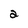
Character: 2